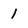
Character: 1